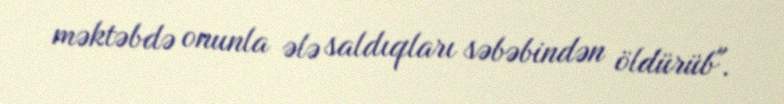
məktəbdə onunla ələ saldıqları səbəbindən öldürüb".